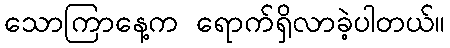
သောကြာနေ့က ရောက်ရှိလာခဲ့ပါတယ်။